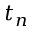
t _ { n }